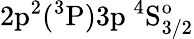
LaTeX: \mathrm{2p^{2}(^{3}P)3p~^{4}S_{3/2}^{o}}